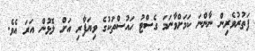
ފަތުރުވެރިން ނާންނަ ކަމަށްވާނަމަ ގެސްޓު ހައުސްތަކުގެ ވިޔަފާރި އަށް ލޮޅުން އަރަ އެވެ.